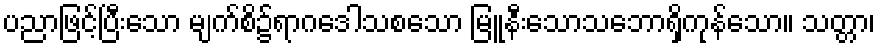
ပညာဖြင့်ပြီးသော မျက်စိ၌ရာဂဒေါသစသော မြူနီးသောသဘောရှိကုန်သော။ သတ္တာ၊